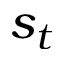
s _ { t }